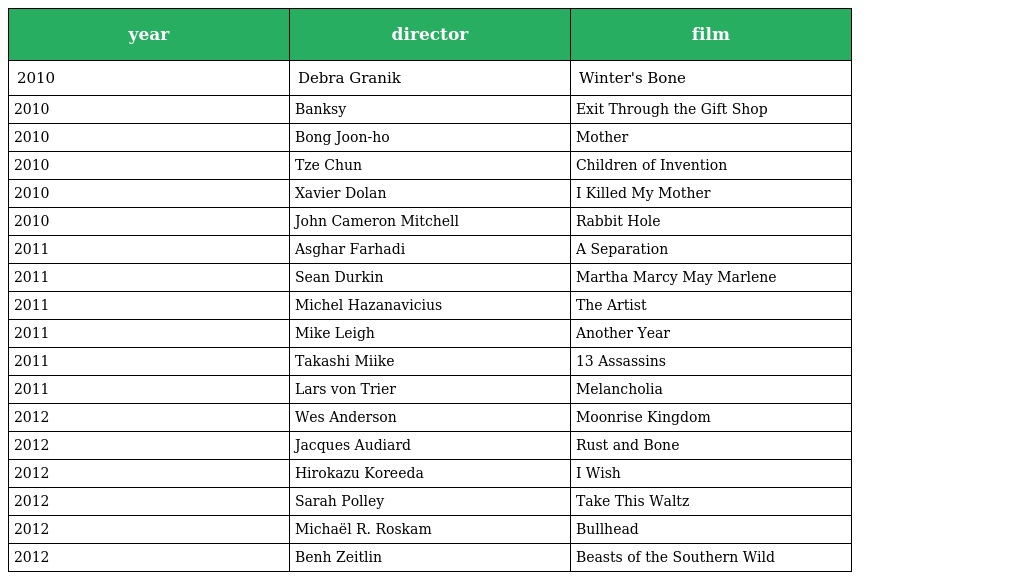
| year | director | film |
 | --- | --- | --- |
 | 2010 | Debra Granik | Winter's Bone |
 | 2010 | Banksy | Exit Through the Gift Shop |
 | 2010 | Bong Joon-ho | Mother |
 | 2010 | Tze Chun | Children of Invention |
 | 2010 | Xavier Dolan | I Killed My Mother |
 | 2010 | John Cameron Mitchell | Rabbit Hole |
 | 2011 | Asghar Farhadi | A Separation |
 | 2011 | Sean Durkin | Martha Marcy May Marlene |
 | 2011 | Michel Hazanavicius | The Artist |
 | 2011 | Mike Leigh | Another Year |
 | 2011 | Takashi Miike | 13 Assassins |
 | 2011 | Lars von Trier | Melancholia |
 | 2012 | Wes Anderson | Moonrise Kingdom |
 | 2012 | Jacques Audiard | Rust and Bone |
 | 2012 | Hirokazu Koreeda | I Wish |
 | 2012 | Sarah Polley | Take This Waltz |
 | 2012 | Michaël R. Roskam | Bullhead |
 | 2012 | Benh Zeitlin | Beasts of the Southern Wild |